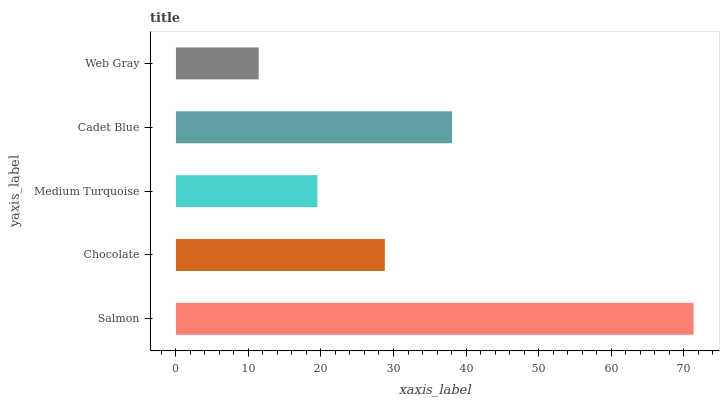
| yaxis_label | bars |
 | --- | --- |
 | Salmon | 71.4 |
 | Chocolate | 28.8 |
 | Medium Turquoise | 19.5 |
 | Cadet Blue | 38.1 |
 | Web Gray | 11.4 |